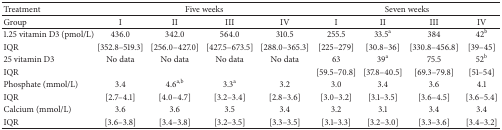
<table><thead><tr><td><b>Treatment</b></td><td colspan="4"><b>Five weeks</b></td><td colspan="4"><b>Seven weeks</b></td></tr></thead><tbody><tr><td>Group</td><td>I</td><td>II</td><td>III</td><td>IV</td><td>I</td><td>II</td><td>III</td><td>IV</td></tr><tr><td>1.25 vitamin D3 (pmol/L)</td><td>436.0</td><td>342.0</td><td>564.0</td><td>310.5</td><td>255.5</td><td>33.5<sup>a</sup></td><td>384</td><td>42<sup>b</sup></td></tr><tr><td>IQR</td><td>[352.8–519.3]</td><td>[256.0–427.0]</td><td>[427.5–673.5]</td><td>[288.0–365.3]</td><td>[225–279]</td><td>[30.8–36]</td><td>[330.8–456.8]</td><td>[39–45]</td></tr><tr><td>25 vitamin D3</td><td>No data</td><td>No data</td><td>No data</td><td>No data</td><td>63</td><td>39<sup>a</sup></td><td>75.5</td><td>52<sup>b</sup></td></tr><tr><td>IQR</td><td> </td><td> </td><td> </td><td> </td><td>[59.5–70.8]</td><td>[37.8–40.5]</td><td>[69.3–79.8]</td><td>[51–54]</td></tr><tr><td>Phosphate (mmol/L)</td><td>3.4</td><td>4.6<sup>a,b</sup></td><td>3.3<sup>a</sup></td><td>3.2</td><td>3.0</td><td>3.4</td><td>3.6</td><td>4.1</td></tr><tr><td>IQR</td><td>[2.7–4.1]</td><td>[4.0–4.7]</td><td>[3.2–3.4]</td><td>[2.8–3.6]</td><td>[3.0–3.2]</td><td>[3.1–3.5]</td><td>[3.6–4.5]</td><td>[3.6–5.4]</td></tr><tr><td>Calcium (mmol/L)</td><td>3.6 </td><td>3.6</td><td>3.5</td><td>3.4</td><td>3.2</td><td>3.1</td><td>3.4</td><td>3.4</td></tr><tr><td>IQR</td><td>[3.6–3.8]</td><td>[3.4–3.8]</td><td>[3.2–3.5]</td><td>[3.3–3.5]</td><td>[3.1–3.3]</td><td>[3.2–3.0]</td><td>[3.3–3.6]</td><td>[3.4–3.2]</td></tr></tbody></table>